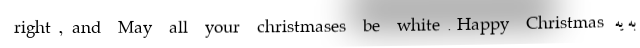
right, and May all your christmases be white.Happy Christmas به یه